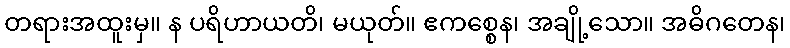
တရားအထူးမှ။ န ပရိဟာယတိ၊ မယုတ်။ ဧကစ္စေန၊ အချို့သော။ အဓိဂတေန၊